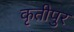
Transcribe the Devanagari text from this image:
कृतीपुर